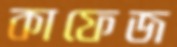
কাফেজ